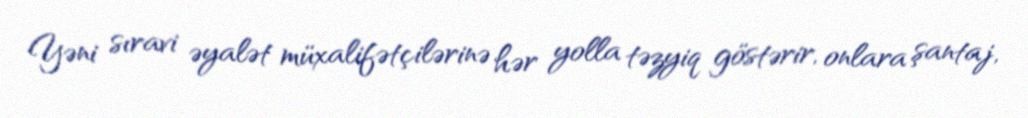
Yəni sıravi əyalət müxalifətçilərinə hər yolla təzyiq göstərir, onlara şantaj,